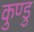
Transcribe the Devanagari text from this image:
कुण्डु